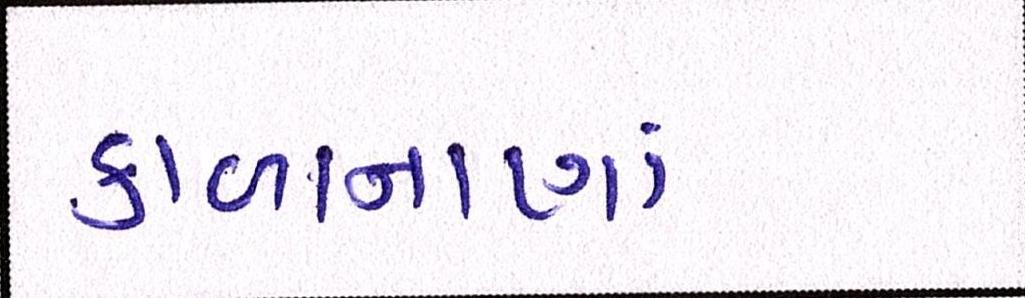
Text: કાળાનાણાં